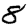
Digit: 8